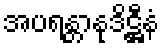
အပရန္တာနုဒိဋ္ဌီနံ